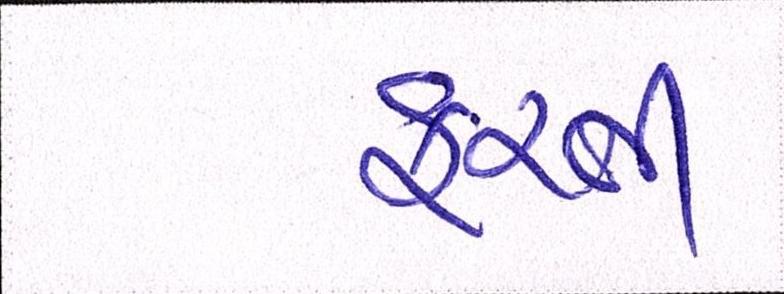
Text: ફરતી